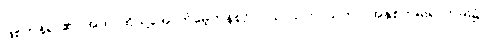
ဖြစ်ကုန်ရာ၏။ အထ၊ ထိုသို့အောက်မေ့ကုန်စဉ်။ ဝဿသတာယုကာ၊ အနှစ်တမ်းရာတမ်း၌